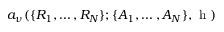
a _ { \nu } ( \lbrace R _ { 1 } , \ldots , R _ { N } \rbrace ; \lbrace A _ { 1 } , \ldots , A _ { N } \rbrace , \textrm { h } )